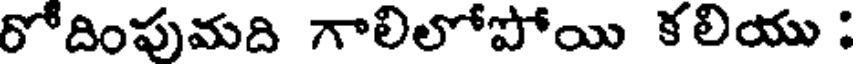
రోదింపుమది గాలిలోపోయి కలియు :